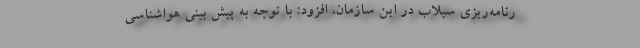
رنامه‌ریزی سیلاب در این سازمان، افزود: با توجه به پیش بینی هواشناسی